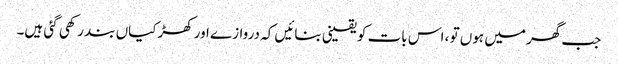
جب گھر میں ہوں تو ، اس بات کو یقینی بنائیں کہ دروازے اور کھڑکیاں بند رکھی گئی ہیں۔